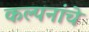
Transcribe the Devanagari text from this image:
कल्‍पनांचे